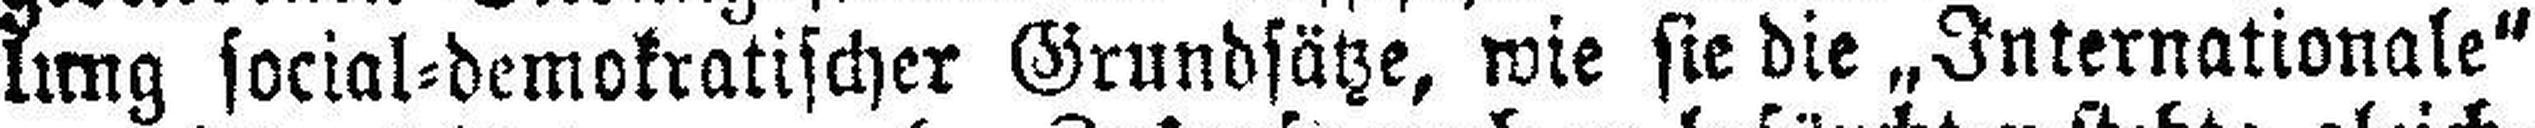
lung social=demokratischer Grundsätze, wie sie die „Internationale“